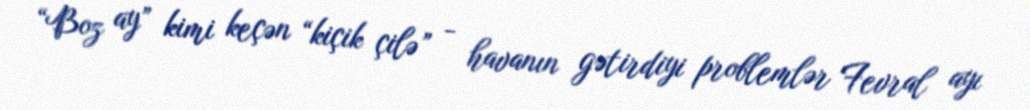
“Boz ay” kimi keçən “kiçik çilə” - havanın gətirdiyi problemlər Fevral ayı